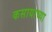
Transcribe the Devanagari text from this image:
कसायाच्या